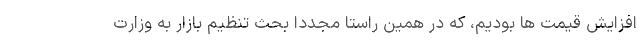
افزایش قیمت ها بودیم، که در همین راستا مجددا بحث تنظیم بازار به وزارت